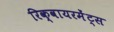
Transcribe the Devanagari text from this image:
रिक्वायरमेंट्स